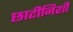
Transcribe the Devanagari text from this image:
छाटीनिशी